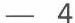
- 4